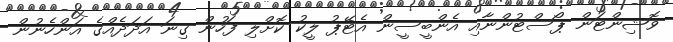
ވޮޝިންޓަން ޕޯސްޓުންނާއި އެންބީސީން އެޓޭޕު ލީކު ކޮށްލި ފަހުން ގިނަ އަދަދެއްގެ އަންހެނުން